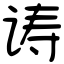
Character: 诪